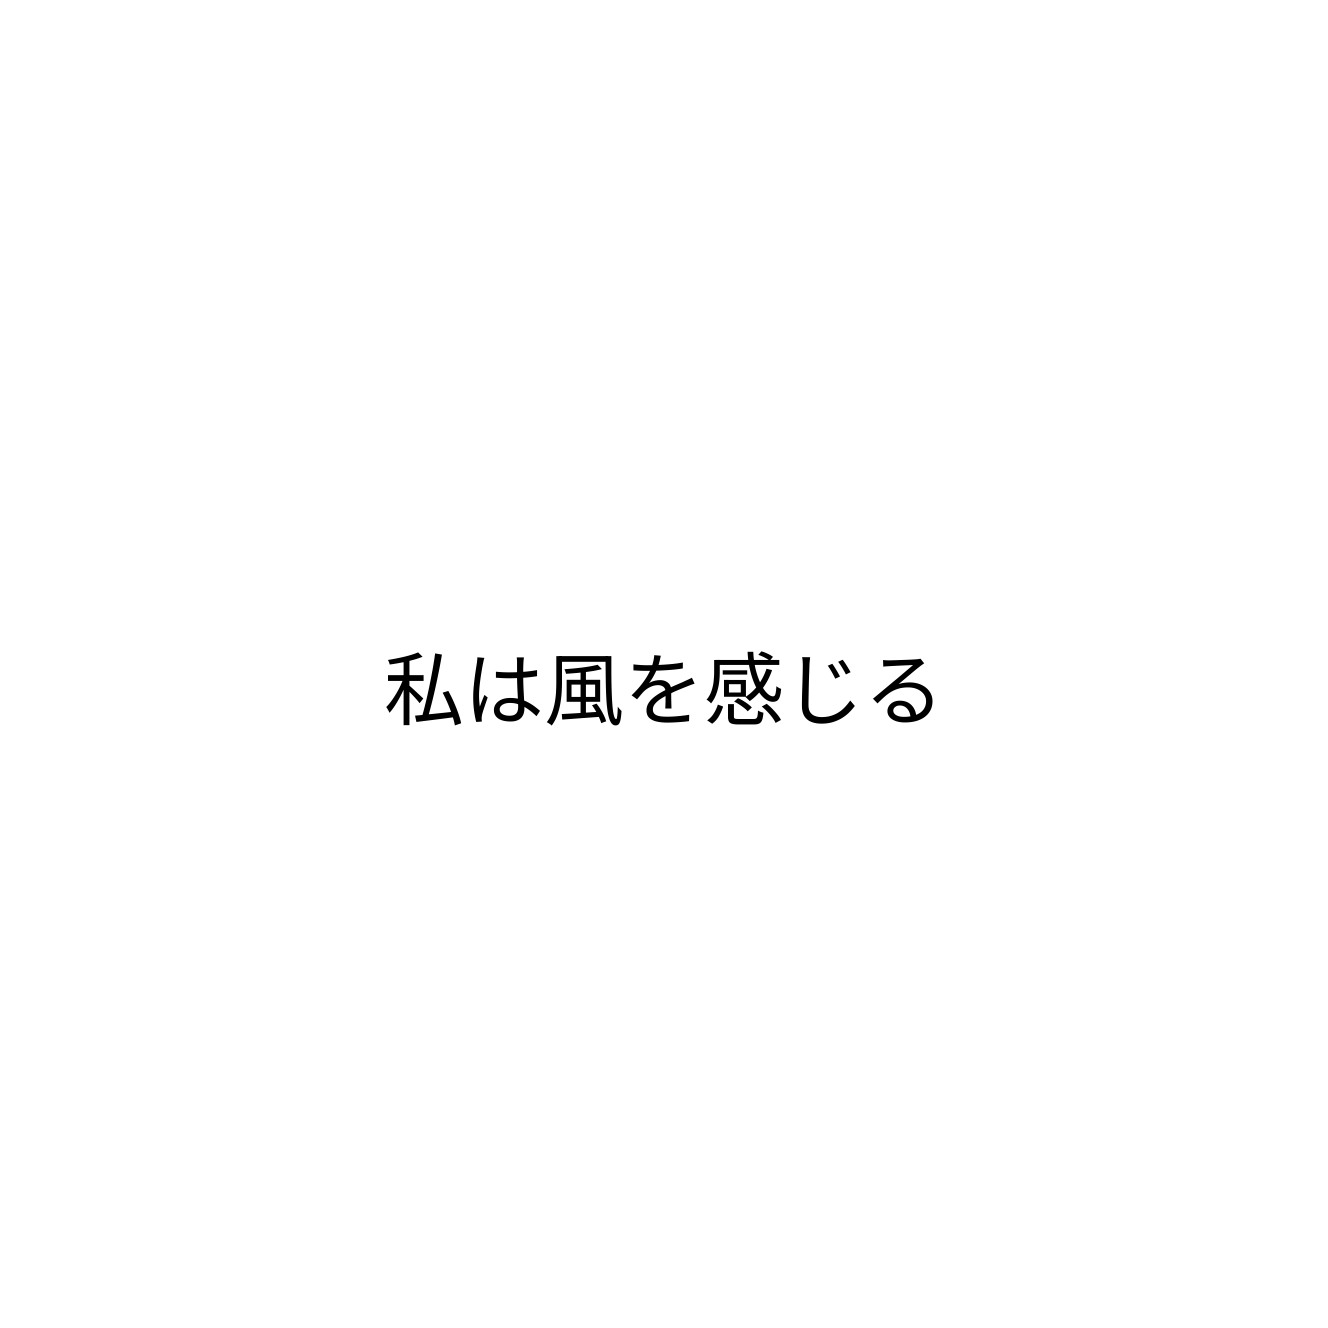
私は風を感じる